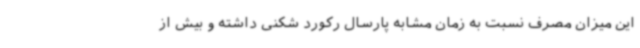
این میزان مصرف نسبت به زمان مشابه پارسال رکورد شکنی داشته و بیش از